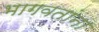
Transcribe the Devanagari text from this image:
भागवतांना